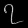
Digit: ၇